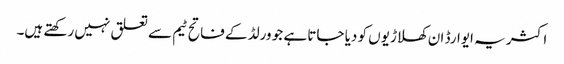
اکثر یہ ایوارڈ ان کھلاڑیوں کو دیا جاتا ہے جو ورلڈ کے فاتح ٹیم سے تعلق نہیں رکھتے ہیں۔